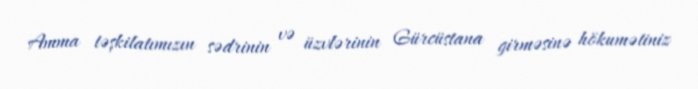
Amma təşkilatımızın sədrinin və üzvlərinin Gürcüstana girməsinə hökumətiniz